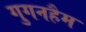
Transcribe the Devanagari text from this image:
गुगनहैम